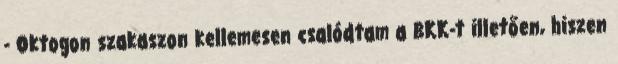
- Oktogon szakaszon kellemesen csalódtam a BKK-t illetően, hiszen